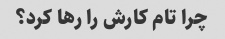
چرا تام کارش را رها کرد؟